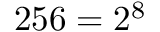
2 5 6 = 2 ^ { 8 }